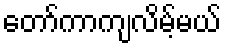
တော်ကာကျလိမ့်မယ်